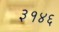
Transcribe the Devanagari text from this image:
३१४६